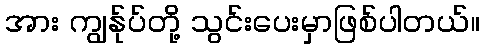
အား ကျွန်ုပ်တို့ သွင်းပေးမှာဖြစ်ပါတယ်။